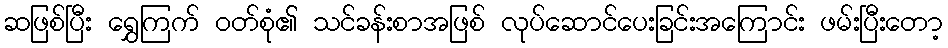
ဆဖြစ်ပြီး ရွှေကြက် ဝတ်စုံ၏ သင်ခန်းစာအဖြစ် လုပ်ဆောင်ပေးခြင်းအကြောင်း ဖမ်းပြီးတော့